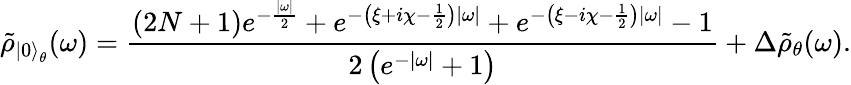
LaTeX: \tilde{\rho}_{{\left|0\right\rangle}_{\theta}}(\omega)=\frac{(2N+1)e^{-\frac{|\omega|}{2}}+e^{-\left(\xi+i\chi-\frac 12\right)|\omega|}+e^{-\left(\xi-i\chi-\frac 12\right)|\omega|}-1}{2\left(e^{-|\omega|}+1\right)}+\Delta\tilde{\rho}_{\theta}(\omega).